system: You are a helpful assistant.
user:
Analyze the provided spectrum to determine if it is a **White Dwarf (WD)**.

A White Dwarf spectrum is defined by its **extreme purity** (due to gravitational settling) and/or **extreme pressure broadening** (due to high surface gravity). You must check for one of the following mutually exclusive signatures:

- **Key Visual Indicators (Check for ONE of these types):**

    - **1. DA-Type Signature (Most Common):**
        - **(Primary Feature):** Extreme pressure broadening (Stark broadening) of the **Hydrogen (H) Balmer lines**.
        - **(Key Lines):** $H\beta$ (approx. $4861$ Å) and $H\gamma$ (approx. $4340$ Å). $H\alpha$ (approx. $6563$ Å) will also be present if the wavelength range covers it.
        - **(Line Profile):** This is the **defining feature**. The lines are **NOT** sharp. They appear as massive, **extremely broad and deep "troughs" or "dips"** in the spectrum, often hundreds of Ångströms wide. The continuum will appear to "scoop" down at these wavelengths.
        - **(Distinction):** Normal A-type or B-type stars have *narrow* and *sharp* Hydrogen lines. A DA White Dwarf's lines are unmistakably "smeared" or "blurry" from pressure.

    - **2. DB-Type Signature:**
        - **(Primary Feature):** Broad absorption lines from **Neutral Helium (He I)**. The spectrum must lack any visible Hydrogen lines.
        - **(Key Lines):** Look for broad absorption near $4471$ Å, $4921$ Å, and $5876$ Å.
        - **(Line Profile):** These lines are also significantly pressure-broadened, appearing much wider than they would in a normal B-type main-sequence star.

    - **3. DC-Type Signature:**
        - **(Primary Feature):** A **featureless continuous spectrum**.
        - **(Line Profile):** The spectrum is a smooth curve with **no significant absorption or emission lines**.
        - **(Key Confirmation):** The continuum is almost always **blue or white**, indicating a hot object. This signature implies the atmosphere is so pure (or so cool) that no spectral lines are visible in the optical range. Its WD identity is confirmed by its extremely low intrinsic brightness (high absolute magnitude).

    - **4. DZ-Type Signature (Metal-Polluted):**
        - **(Primary Feature):** **Isolated, narrow metal absorption lines** on an otherwise featureless (DC-like) continuum.
        - **(Key Lines):** The **Calcium (Ca II) H & K doublet** (approx. **$3934$ Å** and **$3968$ Å**) is the most common and defining feature.
        - **(Line Profile):** These lines are "out of place." They are *not* part of a "forest" of thousands of lines. This signature is evidence of recent *accretion* (pollution) from rocky debris.
        - **(Distinction):** Normal G/K/M stars have a *dense forest* of thousands of metal lines. A DZ has a *clean* continuum with *only a few* strong metal lines.

    - **5. DQ-Type Signature (Carbon-Polluted):**
        - **(Primary Feature):** Absorption bands from **Carbon (C₂ "Swan Bands" or atomic C I)**.
        - **(Key Lines - C₂):** Look for bandheads with a "saw-tooth" shape near $5635$ Å, **$5165$ Å** (strongest), and $4737$ Å.
        - **(Key Confirmation):** The underlying **continuum must be blue or white** (hot).
        - **(Distinction):** This is the critical difference from a **Carbon Star**, which has the *exact same* C₂ bands but on an extremely **red, cool** continuum.

- **(Overall Spectrum):**
    - The continuum (overall shape) is typically **blue-sloping** (brighter in the blue than the red), as most white dwarfs are very hot.
    - The spectrum will look "pure" or "simple," dominated by only *one* of the five signatures listed above.

Think first, call **spectral_visualization_tool** if needed to examine features in detail, then provide your final answer. Your response must adhere to the following strict rules:
1.  **Overall Structure:** Your response must follow the format `<think>...</think> <tool_call>...</tool_call> (if a tool is used) <answer>...</answer>`.
2.  **Tool Usage Constraint:** You may only make **one** tool call per turn.
3.  **Final Answer Format:** In the `<answer>` tag, your conclusion must be inside a `\boxed{}` command (e.g., `\boxed{YES}` or `\boxed{NO}`), followed by your justification.

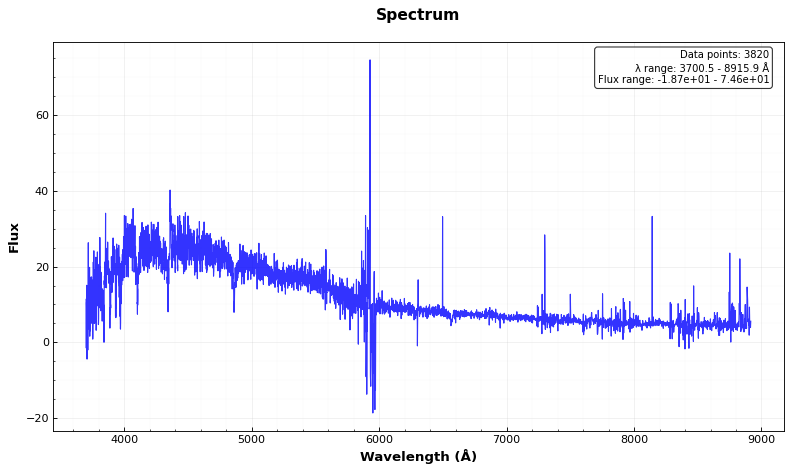
Answer: NO